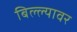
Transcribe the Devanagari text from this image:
बिल्ल्यावर